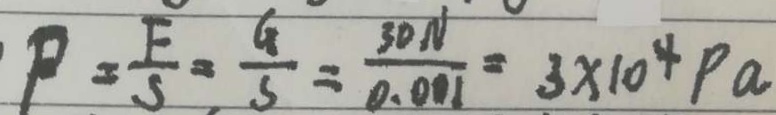
P = \frac { F } { S } = \frac { G } { S } = \frac { 3 0 N } { 0 . 0 0 1 } = 3 \times 1 0 ^ { 4 } P a